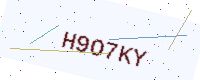
Text: H9O7KY